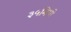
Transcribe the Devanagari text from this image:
३५मिमी